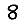
Digit: 8